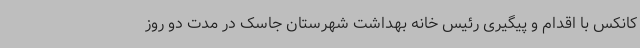
کانکس با اقدام و پیگیری رئیس خانه بهداشت شهرستان جاسک در مدت دو روز